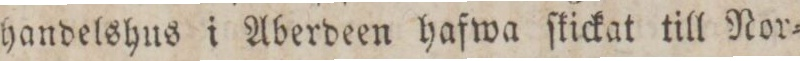
handelshus i Aberdeen hafwa ſtickat till Nor=